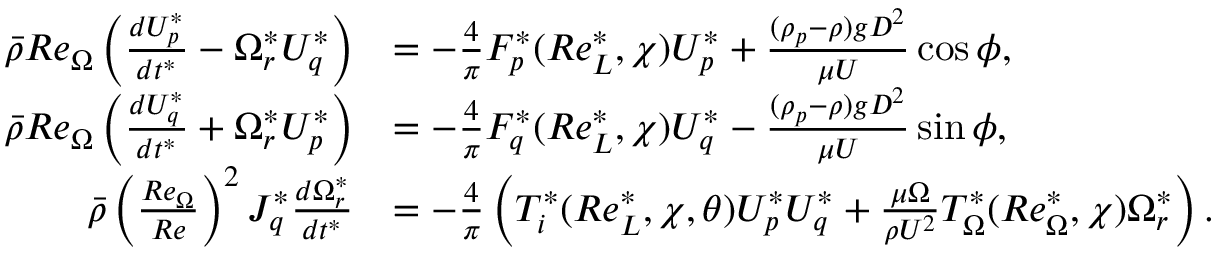
\begin{array} { r l } { \bar { \rho } R e _ { \Omega } \left( \frac { d U _ { p } ^ { * } } { d t ^ { * } } - \Omega _ { r } ^ { * } U _ { q } ^ { * } \right) } & { = - \frac { 4 } { \pi } F _ { p } ^ { * } ( R e _ { L } ^ { * } , \chi ) U _ { p } ^ { * } + \frac { ( \rho _ { p } - \rho ) g D ^ { 2 } } { \mu U } \cos \phi , } \\ { \bar { \rho } R e _ { \Omega } \left( \frac { d U _ { q } ^ { * } } { d t ^ { * } } + \Omega _ { r } ^ { * } U _ { p } ^ { * } \right) } & { = - \frac { 4 } { \pi } F _ { q } ^ { * } ( R e _ { L } ^ { * } , \chi ) U _ { q } ^ { * } - \frac { ( \rho _ { p } - \rho ) g D ^ { 2 } } { \mu U } \sin \phi , } \\ { \bar { \rho } \left( \frac { R e _ { \Omega } } { R e } \right) ^ { 2 } J _ { q } ^ { * } \frac { d \Omega _ { r } ^ { * } } { d t ^ { * } } } & { = - \frac { 4 } { \pi } \left( T _ { i } ^ { * } ( R e _ { L } ^ { * } , \chi , \theta ) U _ { p } ^ { * } U _ { q } ^ { * } + \frac { \mu \Omega } { \rho U ^ { 2 } } T _ { \Omega } ^ { * } ( R e _ { \Omega } ^ { * } , \chi ) \Omega _ { r } ^ { * } \right) . } \end{array}